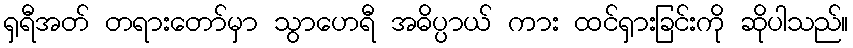
ရှရီအတ် တရားတော်မှာ သွာဟေရီ အဓိပ္ပာယ် ကား ထင်ရှားခြင်းကို ဆိုပါသည်။